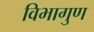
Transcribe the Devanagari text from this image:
विभागुण